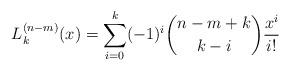
LaTeX: \begin{align*}L_{k}^{(n-m)}(x)=\sum_{i=0}^{k}(-1)^{i}\binom{n-m+k}{k-i}\frac{x^i}{i!}\end{align*}